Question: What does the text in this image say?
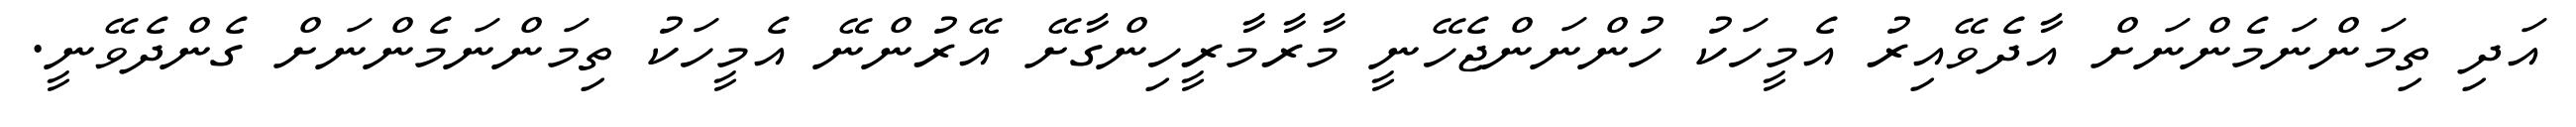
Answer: އަދި ތިމަންނަމެންނަށް އާދެވޭއިރު އެމީހަކު ހުންނަންޖެހޭނީ މާރާމާރީހިންގާށޭ އޭރުންނޭ އެމީހަކު ތިމަންނަމެންނަށް ގެންދެވޭނީ.